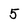
Character: 5